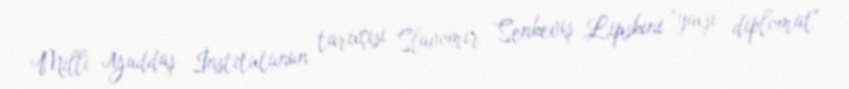
Milli Yaddaş İnstitutunun tarixçisi Slavomir Senkeviş Lipskini "yaxşı diplomat"